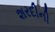
શરદીની